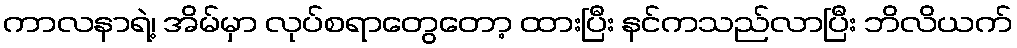
ကာလနာရဲ့၊ အိမ်မှာ လုပ်စရာတွေတော့ ထားပြီး နင်ကသည်လာပြီး ဘိလိယက်